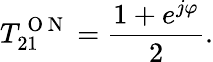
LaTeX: T_{21}^{\mathrm{~O~N~}}=\frac{1+e^{j\varphi}}{2}.